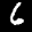
Label: 6